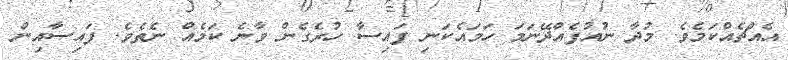
އެއްޗެއްކަމެވެ. މުދާ ނުއުފެއްދޭނަމަ ހަމައެކަނި ފައިސާ ހުރެގެން ވާނެ ކަމެއް ނެތެވެ. ފައިސާއިން